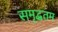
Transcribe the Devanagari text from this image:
समृद्धतम